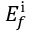
E _ { f } ^ { \mathrm { i } }